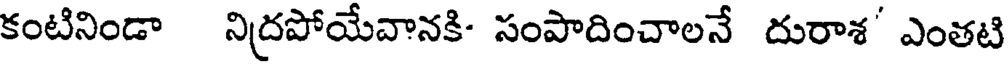
కంటినిండా నిదపోయేవానకి- సంపాదించాలనే దురాశ' ఎంతటి